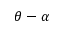
\theta - \alpha